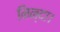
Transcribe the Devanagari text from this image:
निन्दा।